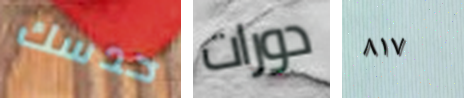
حدسك دورات ٨١٧